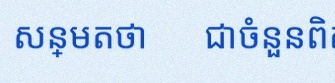
សន្មតថា x ជាចំនួនពិត